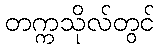
တက္ကသိုလ်တွင်